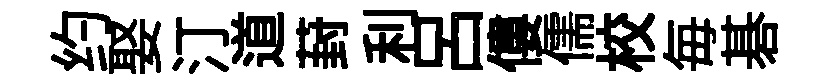
约娶汀道葑利吕僂儒校毎碁